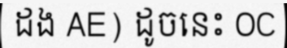
ដង AE) ដូចនេះ OC